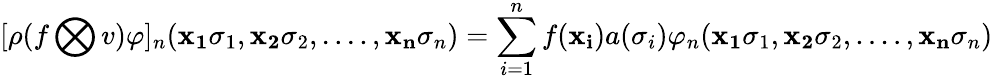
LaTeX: [\rho(f\bigotimes v)\varphi]_{n}({\mathbf{x_{1}}}\sigma_{1},{\mathbf{x_{2}}}\sigma_{2},....,{\mathbf{x_{n}}}\sigma_{n})=\sum_{i=1}^{n}f({\mathbf{x_{i}}})a(\sigma_{i})\varphi_{n}({\mathbf{x_{1}}}\sigma_{1},{\mathbf{x_{2}}}\sigma_{2},....,{\mathbf{x_{n}}}\sigma_{n})